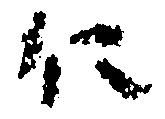
仁